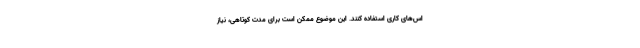
اس‌های کاری استفاده کنند. این موضوع ممکن است برای مدت کوتاهی، نیاز